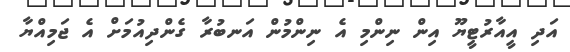
އަދި އީއާރުޓީޔޫ އިން ނިންމި އެ ނިންމުން އަނބުރާ ގެންދިއުމަށް އެ ޖަމިއްޔާ